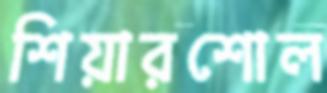
শিয়ারশোল